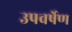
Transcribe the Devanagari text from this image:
उपवर्षेण